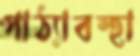
পাঠ্যাবস্হা